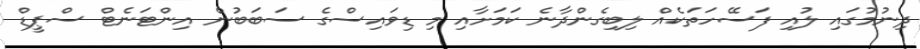
ދިނުމުގައި ލުއި ފަސޭހަތަކެއް ލިބިގެންދާނެ ކަމަށާއި މި ޑިވައިސްގެ ސަބަބުން އިންޓަނެޓް ސްޕީޑް